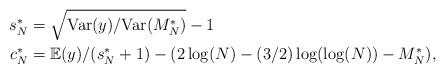
LaTeX: \begin{align*}s_{N}^{*} &= \sqrt{\mathrm{Var}(y)/\mathrm{Var}(M_{N}^{*})}-1\\c_{N}^{*} &= \mathbb{E}(y)/(s^{*}_{N}+1)-(2\log(N)-(3/2)\log(\log(N))-M_{N}^{*}) ,\end{align*}